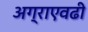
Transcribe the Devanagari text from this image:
अग्राएवढी